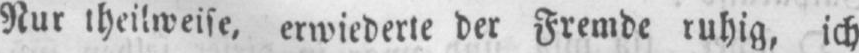
Nur theilweise, erwiederte der Fremde ruhig, ich